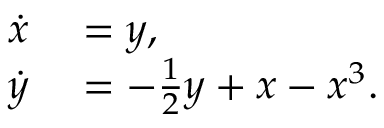
\begin{array} { r l } { \dot { x } } & { { } = y , } \\ { \dot { y } } & { { } = - \frac { 1 } { 2 } y + x - x ^ { 3 } . } \end{array}